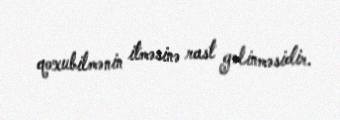
qoxubilmənin itməsinə rast gəlinməsidir.